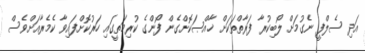
އަދި ސެލްފީ ނެގުމަށް ލޯބިކުރާ ފަރާތްތަކަށް ޚާއްޞަކޮށްގެން ފޯންގެ ކުރިމަތީގައި ހަރުކޮށްފައިވާ ކެމެރާއަށްވެސް